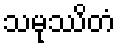
သမုဿိတံ